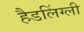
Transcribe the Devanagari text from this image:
हैडलिंग्ली